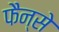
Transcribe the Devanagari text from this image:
फैन्से